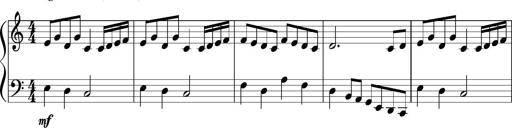
Title: Sonatine Nr.1 in C-Dur
Composer: DÃ©sirÃ©e Manns
Key: C major